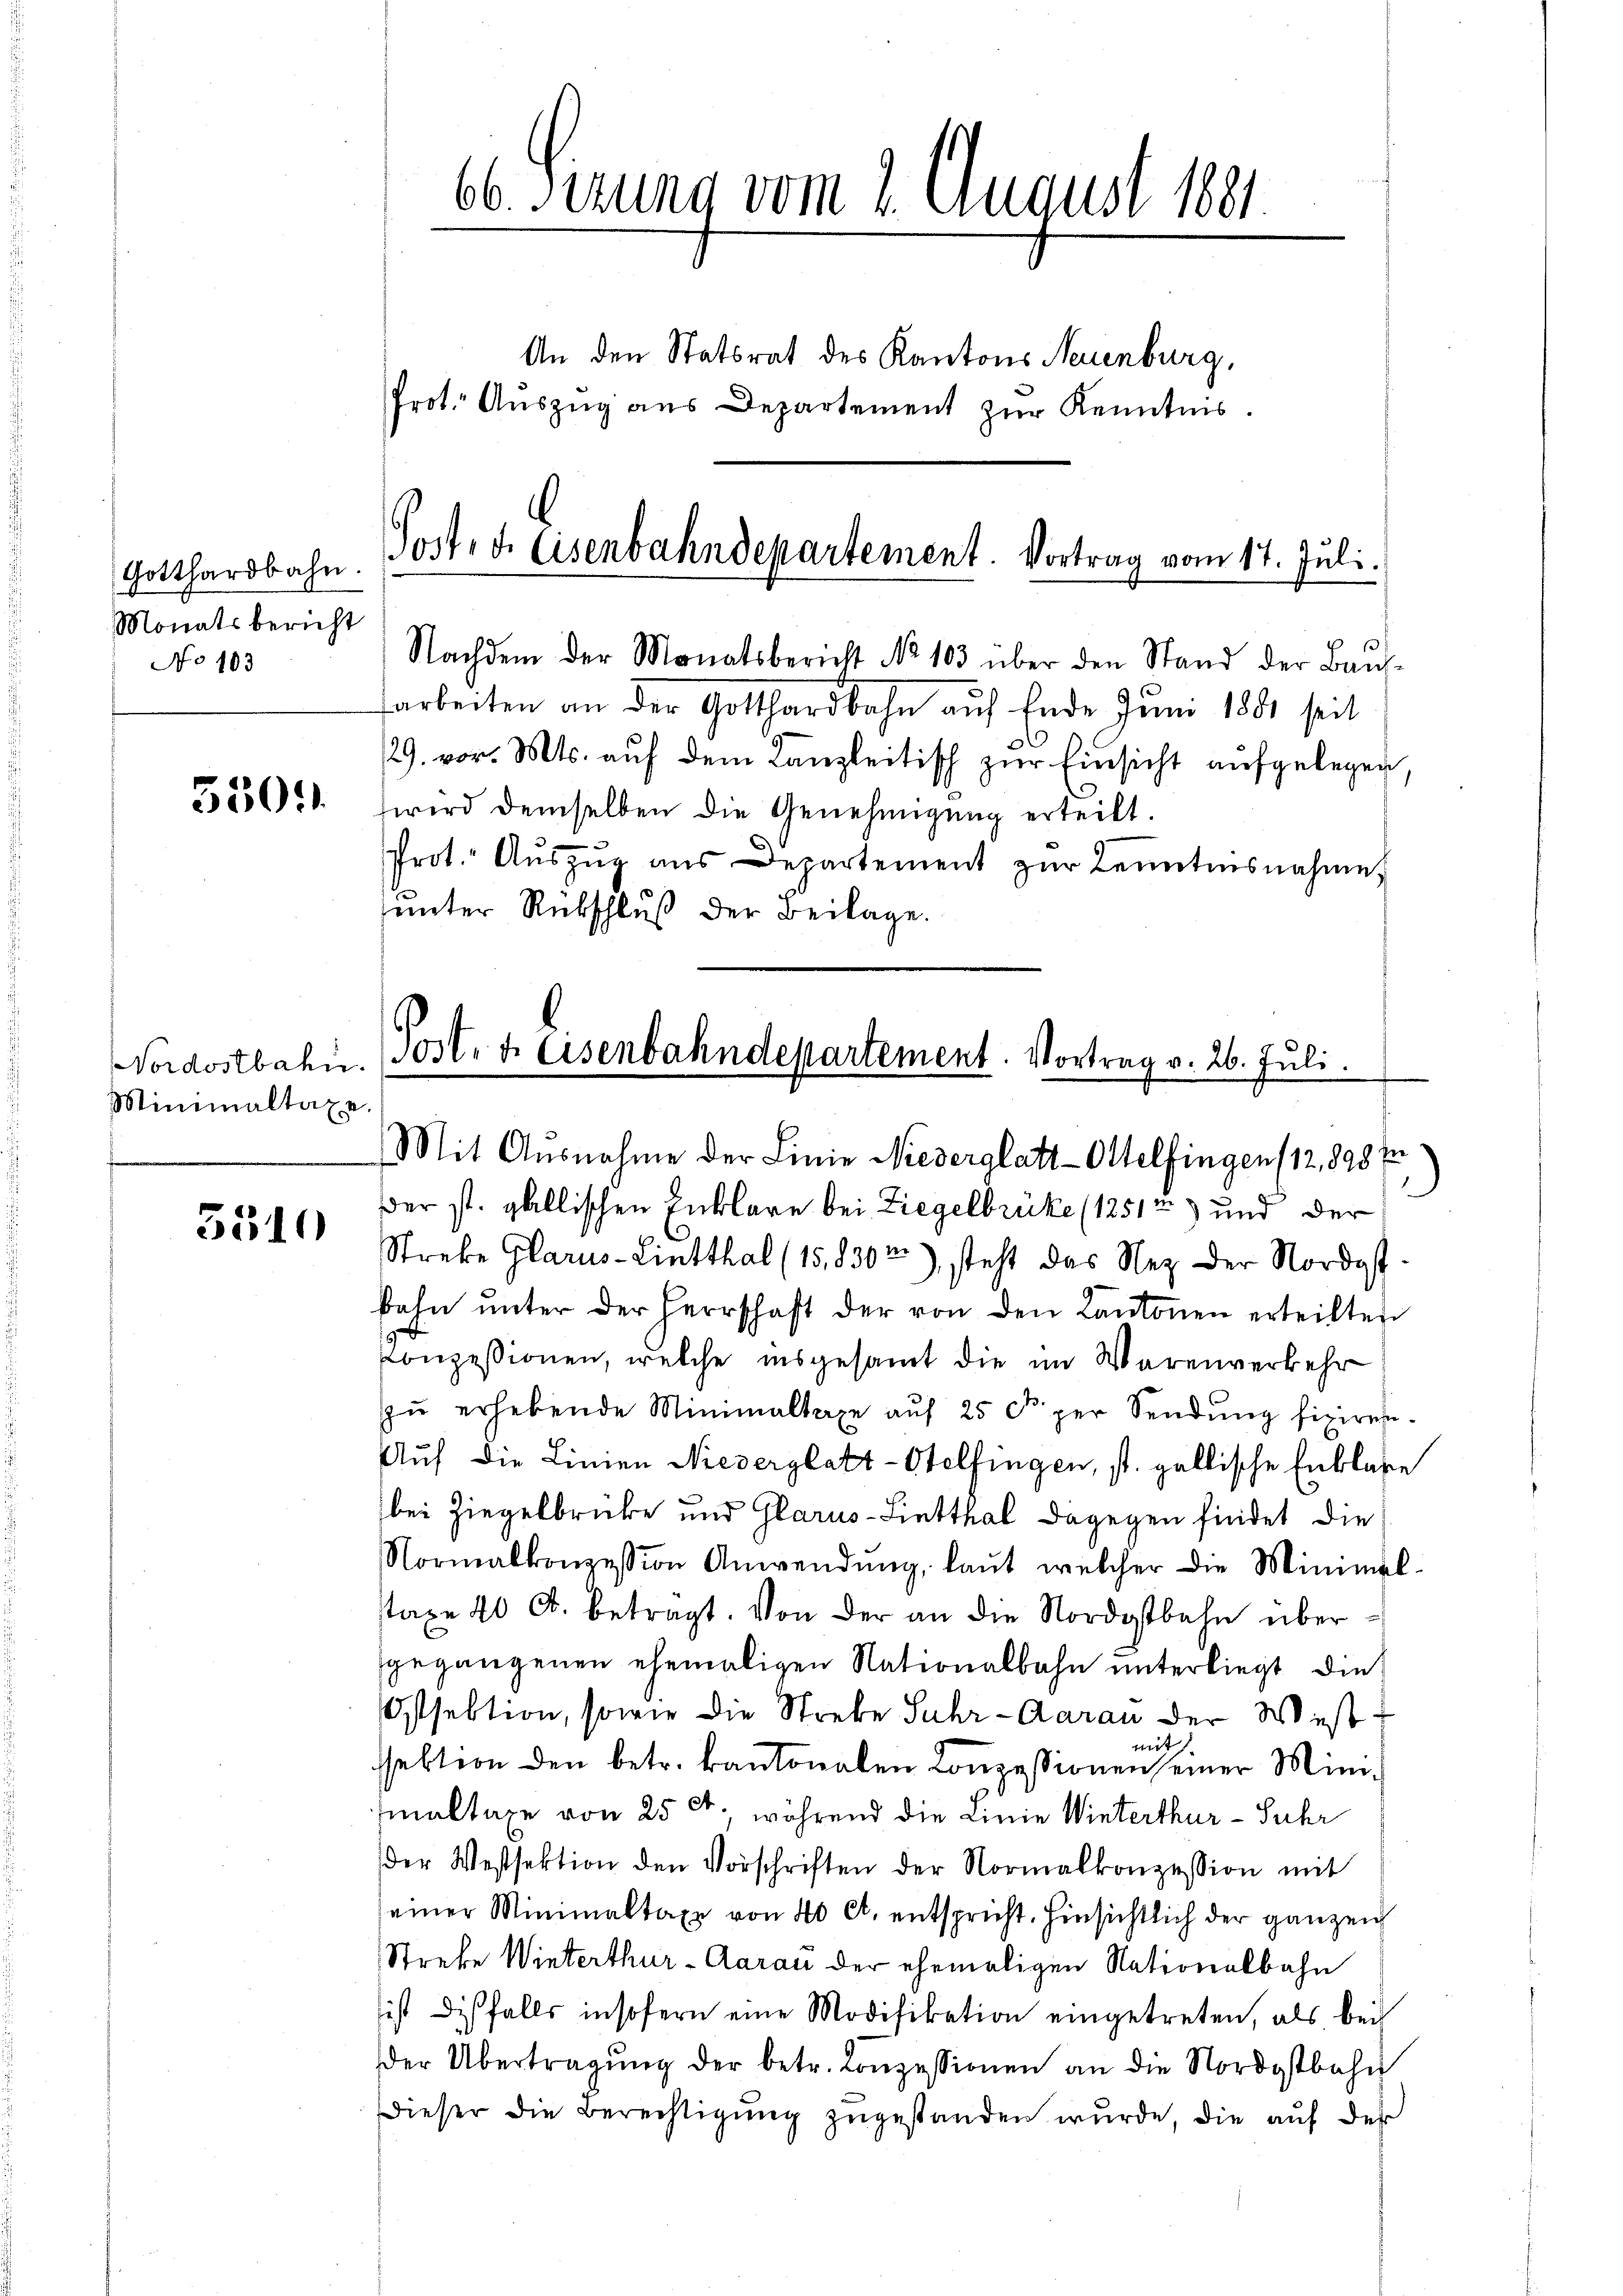
Gotthardbahn.
Monatsbericht
No 103

5501.

Minimaltaxe

3310

66 derung vom 2. August 1891
An den Statsrat des Kantons Neuenburg,
Prot. Auszug aus Departement zur Kenntnis.

Post. d. Eisenbahndepartement. Vortrag vom 17. Juli.

Nachdem der Monatsbericht No 103 über den Stand der Baŭs-
arbeiten an der Gotthardbahn auf Ende Juni 1881 seit
29. vor. Mts. auf dem Kanzleitisch zur Einsicht aufgelegen
wird demselben die Genehmigung erteilt.
Prot. Aŭszŭg aŭs Departement zŭr Kenntnisnahme
unter Rückschluß der Beilage.

Nordostbahn. Post. d. Eisenbahndepartement. Vortrag v. 26. Juli.
Mit Ausnahme der Linie Niederglatt-Ottelfingen (12,898 in

Der st. gallischen Enklare bei Ziegelbrüke (1251) und der
Streke Glarus-Lintthal (15,8302), steht das Nez der Nordostbahn unter der Herrschaft der von den Cantonen erteilten
Conzessionen, welche insgesamt die im Warenverkehr
zŭ erhebende Minimaltaxe aŭf 25 Fr. per Sendung fixiren¬
Auf die Linien Nieverglatt-Otelfingen, st. gallische Entlage
bei Ziegelbrücke und Glarus-Lietthal dagegen findet die
Normalkonzession Anwendŭng, laŭt welcher die Minimal-
staxe 40 l. betragt. Von der an die Nordostbahn übergegangenen ehemaligen Nationalbahn unterliegt die
Ostsektion, sowie die Strebe Suhr-Garan der Westmit
sektion den betr. kantonalen Conzessionen seiner Minimaltaxe von 25 l. während die Linie Winterthur - Suhr
der Westsektion den Vorschriften der Normalkonzession mit
einer Minimaltaxe von 40 Ct. entspricht. Hinsichtlich der ganzen
Streke Winterthur-Aarau der ehemaligen Nationalbahn
ist diesfalls insofern eine Modifikation eingetreten, als bei
der Übertragŭng der betr. Conzessionen an die Nordostbahn
dieser die Berechtigŭng zugestanden wurde, die auf des